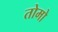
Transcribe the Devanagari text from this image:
तोमो